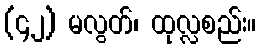
(၄၂) မလွတ်၊ ထုလ္လစည်း။